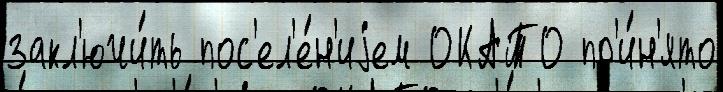
закл'ючи́ть пос'ел'е́н'иjем ОКАТО пр'и́н'ято